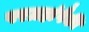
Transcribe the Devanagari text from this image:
परग्रहांपैकी